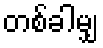
တစ်ခါမျှ